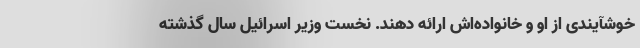
خوشآیندی از او و خانواده‌اش ارائه دهند. نخست وزیر اسرائیل سال گذشته